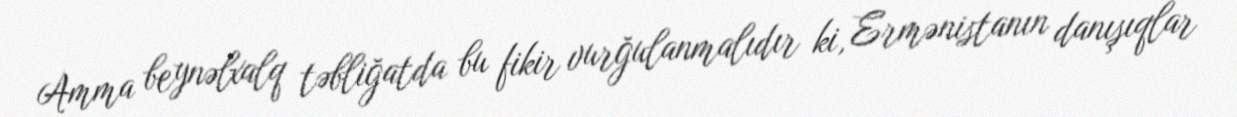
Amma beynəlxalq təbliğatda bu fikir vurğulanmalıdır ki, Ermənistanın danışıqlar